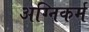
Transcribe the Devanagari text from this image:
अग्निकर्म